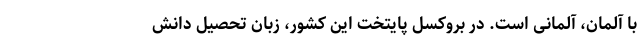
با آلمان، آلمانی است. در بروکسل پایتخت این کشور، زبان تحصیل دانش